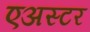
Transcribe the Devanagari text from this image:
एअस्टर